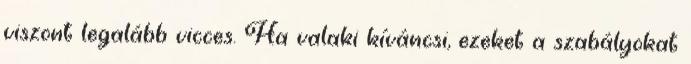
viszont legalább vicces. Ha valaki kíváncsi, ezeket a szabályokat